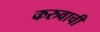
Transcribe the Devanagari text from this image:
करुवाची